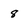
Character: 8